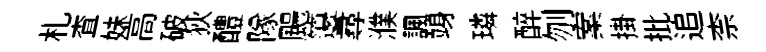
札查妹高破狄醴隊颺籩尋濮諷竧璘醉刎案掛批追柰